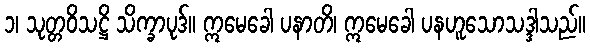
၁၊ သုတ္တဝိသဋ္ဌိ သိက္ခာပုဒ်။ ဣမေခေါ ပနာတိ၊ ဣမေခေါ ပနဟူသောသဒ္ဒါသည်။